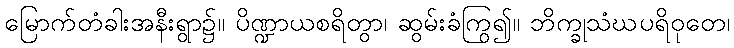
မြောက်တံခါးအနီးရွာ၌။ ပိဏ္ဍာယစရိတွာ၊ ဆွမ်းခံကြွ၍။ ဘိက္ခုသံဃပရိဝုတေ၊